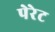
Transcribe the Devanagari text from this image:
पेरेट